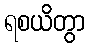
ရစယိတွာ